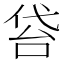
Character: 𠊝